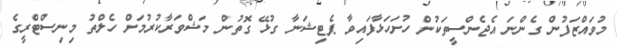
މުވައްޒަފުން ގެންނަ އެޖެންސީތަކުން ހުށަހަޅާފައިވާ ޕެޓިޝަނާ ގުޅޭ ގޮތުން މަޝްވަރާކުރުމަށް ހެލްތު މިނިސްޓްރީގެ